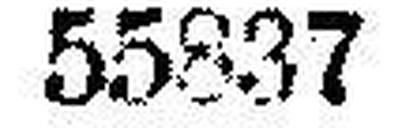
55837